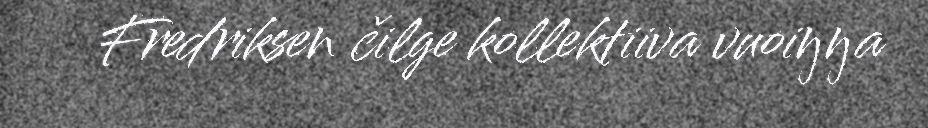
Fredriksen čilge kollektiiva vuoiŋŋa